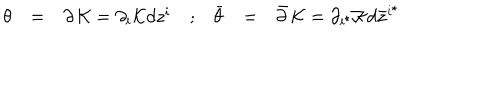
\begin{array} { c c c c c c c } { { { \theta } } } & { { = } } & { { \partial \, { \cal K } = \partial _ { i } { \cal K } d z ^ { i } } } & { { ; } } & { { { \bar { \theta } } } } & { { = } } & { { { \bar { \partial } } \, { \cal K } = \partial _ { i ^ { \star } } { \cal K } d { \bar { z } } ^ { i ^ { \star } } } } \\ \end{array}